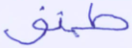
طبق